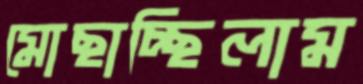
মোছাচ্ছিলাম